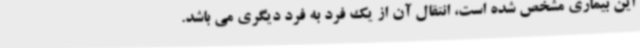
این بیماری مشخص شده است، انتقال آن از یک فرد به فرد دیگری می باشد.